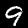
Label: 9